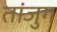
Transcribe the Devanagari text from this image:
तांजुग